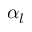
\alpha _ { l }